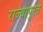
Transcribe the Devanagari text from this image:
राज्यापुरते